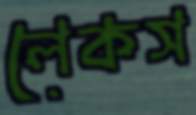
লেকস